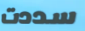
سددت